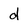
Character: d